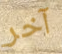
آخر